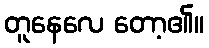
တူနေလေ တော့၏။